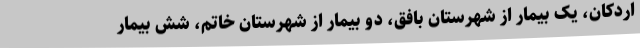
اردکان، یک بیمار از شهرستان بافق، دو بیمار از شهرستان خاتم، شش بیمار